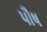
પૌષ